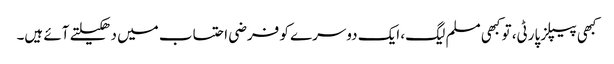
کبھی پیپلز پارٹی، تو کبھی مسلم لیگ، ایک دوسرے کو فرضی احتساب میں دھکیلتے آئے ہیں۔